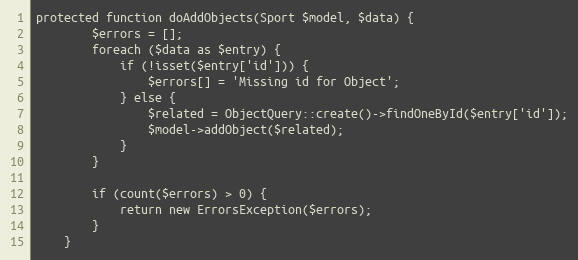
Language: PHP
protected function doAddObjects(Sport $model, $data) {
		$errors = [];
		foreach ($data as $entry) {
			if (!isset($entry['id'])) {
				$errors[] = 'Missing id for Object';
			} else {
				$related = ObjectQuery::create()->findOneById($entry['id']);
				$model->addObject($related);
			}
		}

		if (count($errors) > 0) {
			return new ErrorsException($errors);
		}
	}